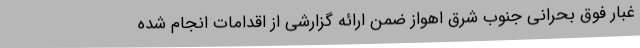
غبار فوق بحرانی جنوب شرق اهواز ضمن ارائه گزارشی از اقدامات انجام شده